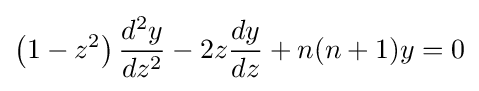
\left(1-z^{2}\right){\frac {d^{2}y}{dz^{2}}}-2z{\frac {dy}{dz}}+n(n+1)y=0